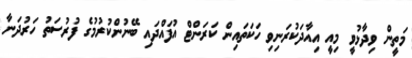
މަތީން ވިދާޅުވީ މިއީ އިއާދަކުރަނިވި ހަކަތައިން ކަރަންޓް އުފައްދައި ބޭނުންކުރުމުގެ ފުރުސަތު ހަރުދަނާ